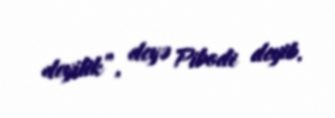
deyilik”, deyə Pibodi deyib.